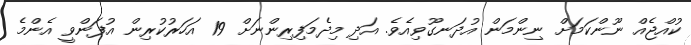
ކުއްޖެއް ނޫންކަމަށް ނިންމަން އުދަނގޫވިއެވެ. އަދި މިދެމަފިރިންނަށް 19 އަހަރުކުރިން އުފަންވީ އެންމެ